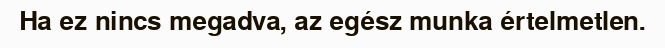
Ha ez nincs megadva, az egész munka értelmetlen.